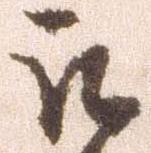
被